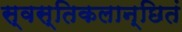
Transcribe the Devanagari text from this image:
स्वस्तिकलान्छितं